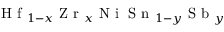
\mathrm { ~ H ~ f ~ } _ { 1 - x } \mathrm { ~ Z ~ r ~ } _ { x } \mathrm { ~ N ~ i ~ } \mathrm { ~ S ~ n ~ } _ { 1 - y } \mathrm { ~ S ~ b ~ } _ { y }